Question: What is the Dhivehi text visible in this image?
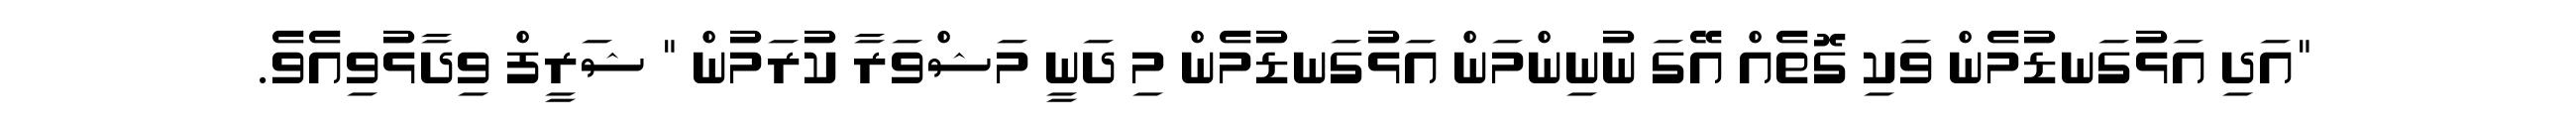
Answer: "އަދި އަޅުގަނޑުމެން ވަކި ގޮތެއް އޭގަ ނުނިންމަން އަޅުގަނޑުމެން މި ދަނީ މަޝްވަރާ ކުރަމުން " ޝަރީފް ވިދާޅުވިއެވެ.